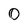
Character: 0